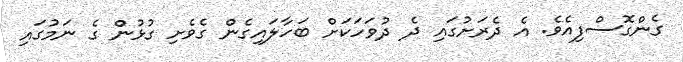
ގެންގޮސްފިއެވެ. އެ ދެރަށުގައި ދެ ދުވަހަކަށް ބަހާލައިގެން ގެވެށި ގުޅުން ގެ ނަމުގައި